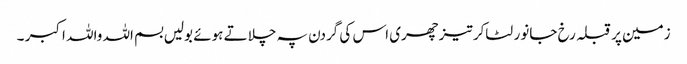
زمین پر قبلہ رخ جانور لٹاکر تیزچھری اس کی گردن پہ چلاتے ہوئے بولیں بسم اللہ واللہ اکبر ۔